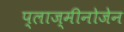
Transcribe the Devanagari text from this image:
प्लाज्मीनोजेन